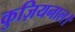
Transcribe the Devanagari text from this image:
कुज़ियनाल।